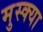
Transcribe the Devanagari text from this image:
मुस्क्या